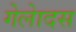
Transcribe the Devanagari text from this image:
गेलेादस